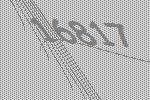
16817